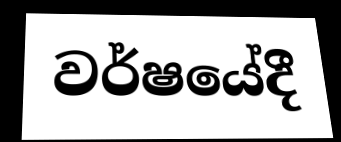
වර්ෂයේදී